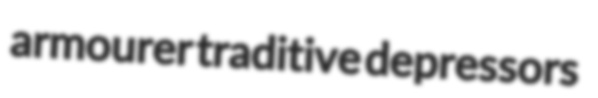
armourer traditive depressors